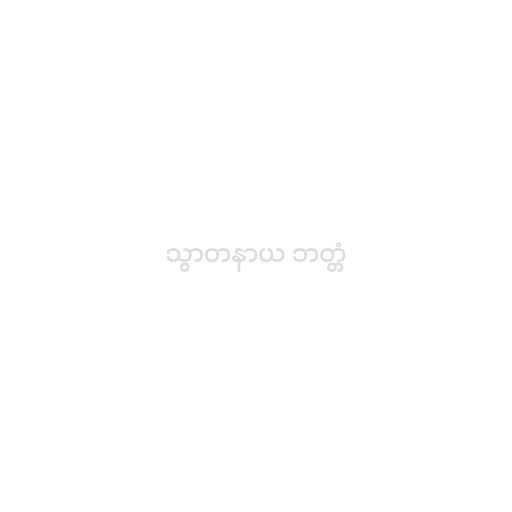
သွာတနာယ ဘတ္တံ